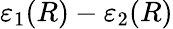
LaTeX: \varepsilon_{1}(R)-\varepsilon_{2}(R)